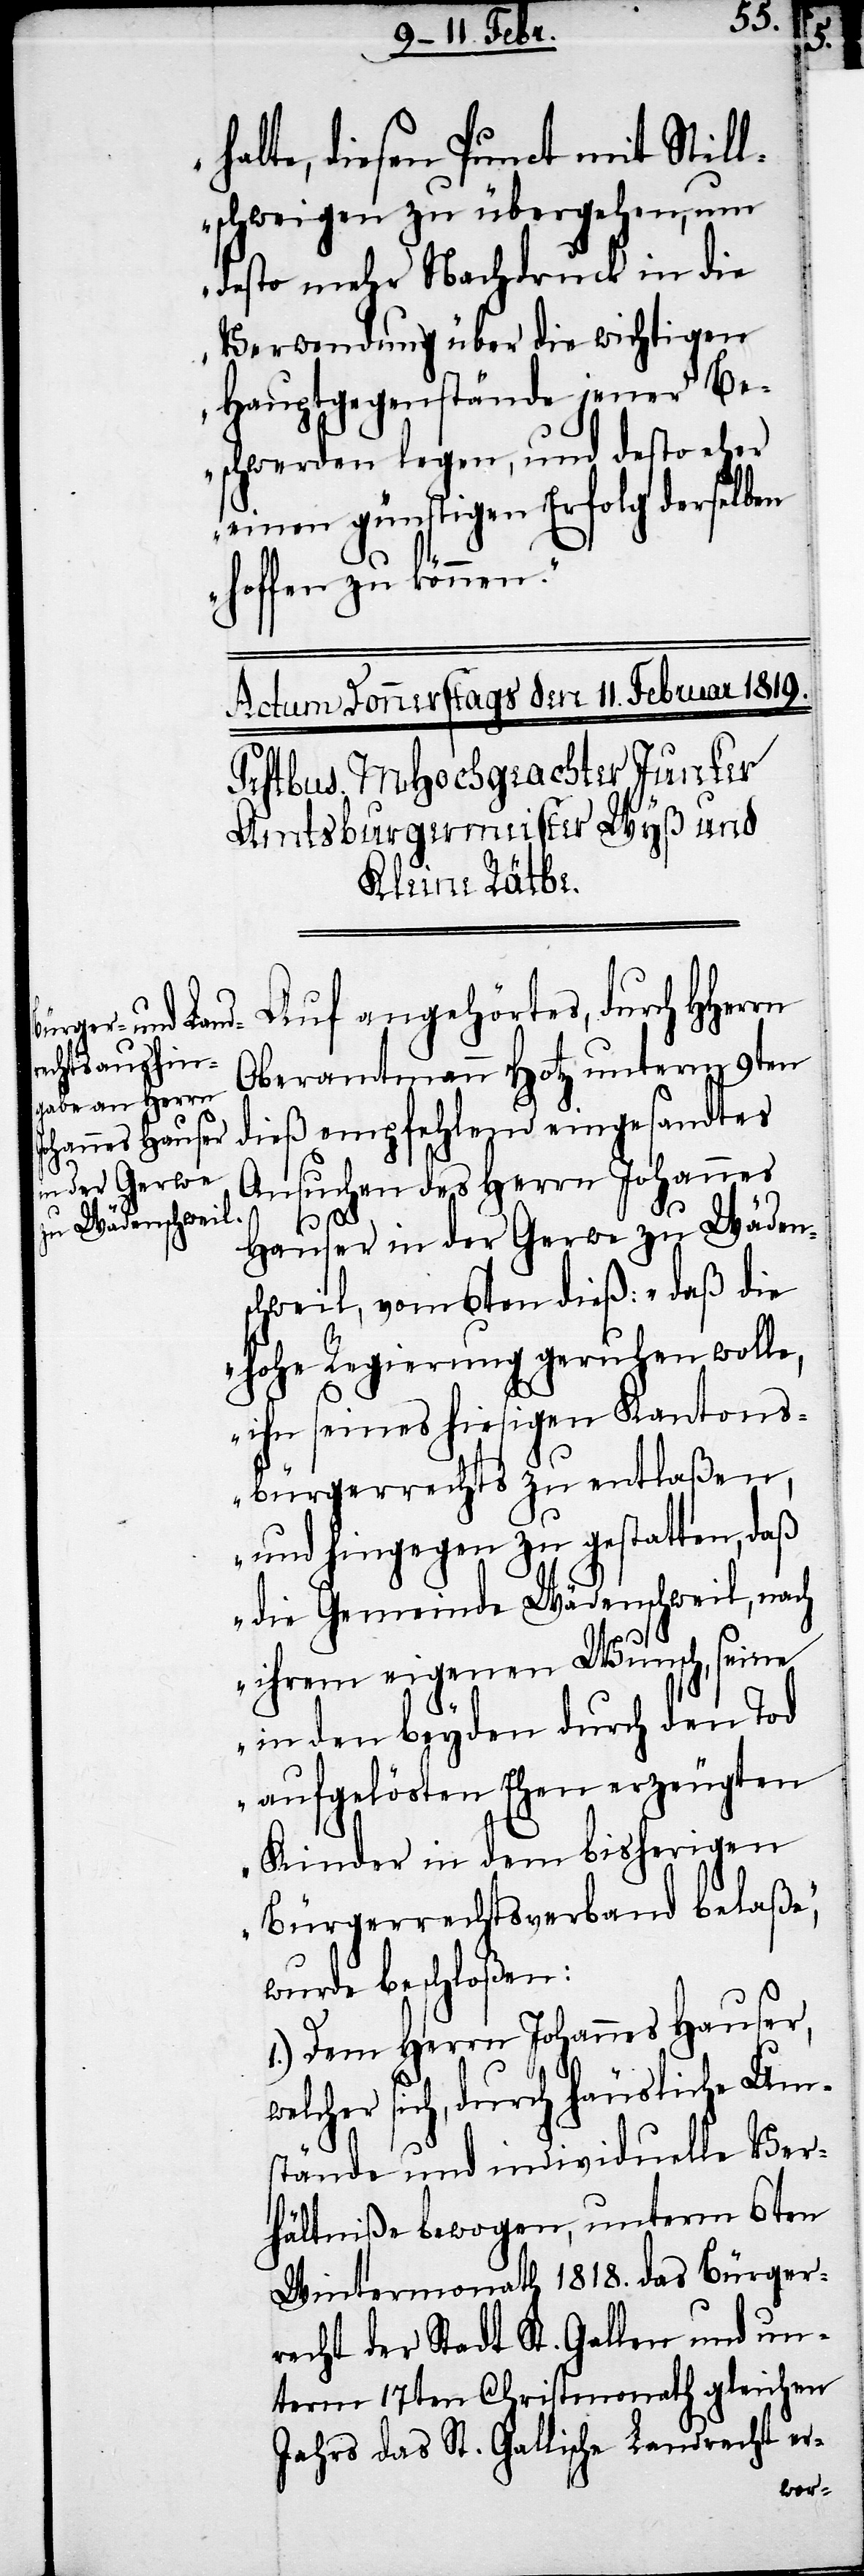
halte, diesen Punct mit Still¬
schweigen zu übergehen, um
desto mehr Nachdruck in die
Verwendung über die wichtigen
Hauptgegenstände jener Be¬
schwerden legen, und desto eher
einen günstigen Erfolg derselben
hoffen zu können."
Auf angehörtes, durch HHerrn
Oberamtmann Hotz unterm 9ten
dieß empfehlend eingesandtes
Ansuchen des Herrn Johannes
Hauser in der Gerwe zu Wäden¬
schweil, vom 6ten dieß: „daß die
hohe Regierung geruhen wolle,
ihn seines hiesigen Kantons¬
bürgerrechts zu entlaßen,
und hingegen zu gestatten, daß
die Gemeinde Wädenschweil, nach
ihrem eigenen Wunsch, seine
in den beyden durch den Tod
aufgelösten Ehen erzeugten
Kinder in dem bisherigen
Bürgerrechtsverband belaße“,
wurde beschloßen:
1.) Dem Herrn Johannes Hauser,
welcher sich, durch häusliche Um¬
stände und inividuelle Ver¬
hältniße bewogen, unterm 6ten
Wintermonath 1818. das Bürger¬
recht der Stadt St. Gallen und un¬
term 17ten Christmonath gleichen
Jahrs das St. Gallische Landrecht er-